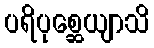
ပရိပုစ္ဆေယျာသိ